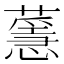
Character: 𦾻